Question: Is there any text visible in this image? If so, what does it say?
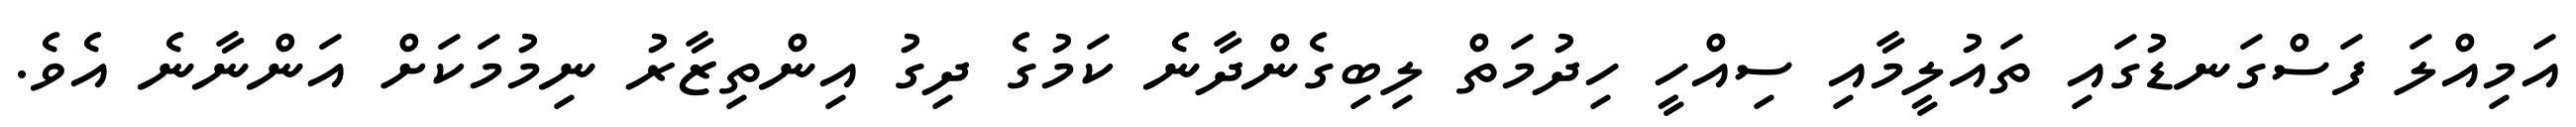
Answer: އަމިއްލަ ފަސްގަނޑުގައި ތައުލީމާއި ސިއްހީ ހިދުމަތް ލިބިގެންދާނެ ކަމުގެ ދިގު އިންތިޒާރު ނިމުމަކަށް އަންނާނެ އެވެ.